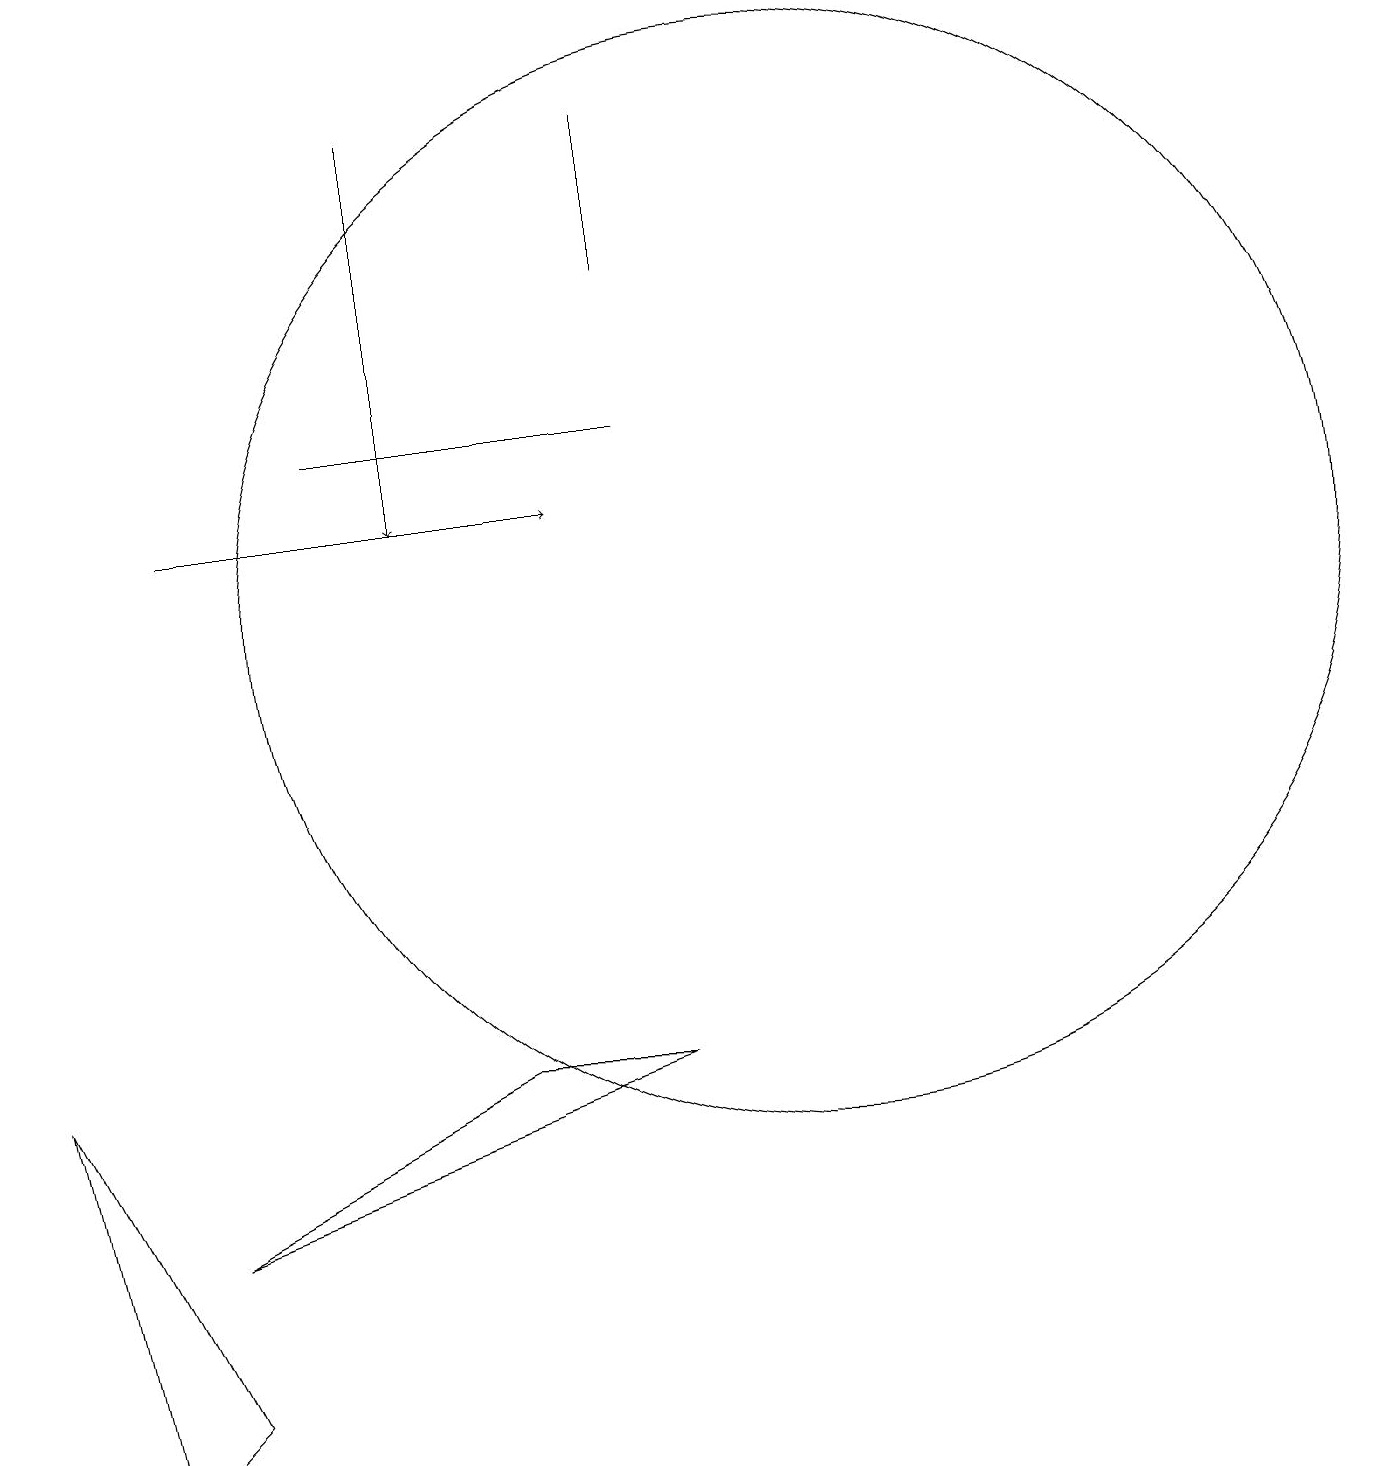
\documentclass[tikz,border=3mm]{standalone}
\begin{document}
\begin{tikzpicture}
\draw (9,16) rectangle (9,18);
\draw[->] (3,13) -- (8,13);
\draw[->] (6,18) -- (6,13);
\draw (11,12) circle (7);
\draw (2,1) -- (1,6) -- (3,2) -- cycle;
\draw (9,14) rectangle (5,14);
\draw (3,4) -- (7,6) -- (9,6) -- cycle;
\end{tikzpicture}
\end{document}